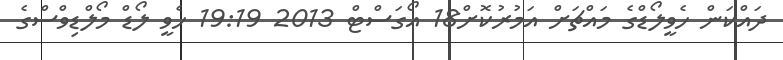
ދައްކަން ހެވީލޯޑްގެ މައްޗަށް އަމުރުކޮށް18 އޯގަސްޓް 2013 19:19 ހެވީ ލޯޑް މޯލްޑިވްސްގެ